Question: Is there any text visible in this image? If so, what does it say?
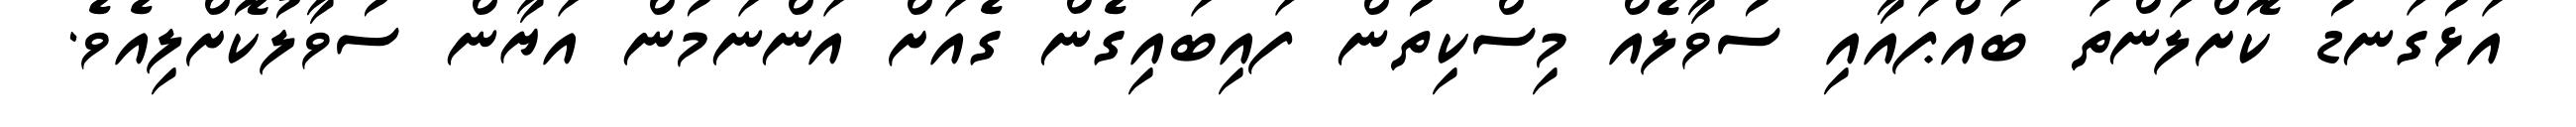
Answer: އަޅުގަނޑު ކޮށްލަންތަ ބައްޕައާއި ސުވާލެއް މިސްކިތުން ފައިބައިގެން ގެއަށް އަންނަމުން އަޔާން ސުވާލުކޮށްލިއެވެ.